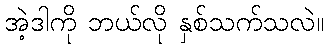
အဲ့ဒါကို ဘယ်လို နှစ်သက်သလဲ။